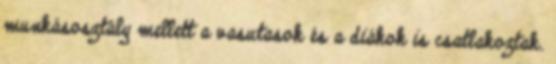
munkásosztály mellett a vasutasok és a diákok is csatlakoztak.